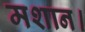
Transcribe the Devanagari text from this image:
मशान।